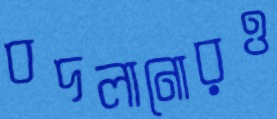
বদলানোরও